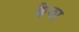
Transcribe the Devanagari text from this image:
कैका